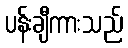
ပန်းချီကားသည်